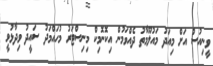
ވީނިއުސް އަށް މިއަދު މައުލޫމާތު ދެއްވަމުން އިކޮނޮމިކް މިނިސްޓަރު މުހައްމަދު ސައީދު ވިދާޅުވީ